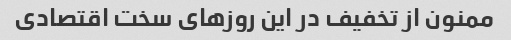
ممنون از تخفیف در این روزهای سخت اقتصادی